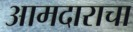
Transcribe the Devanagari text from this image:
आमदाराचा